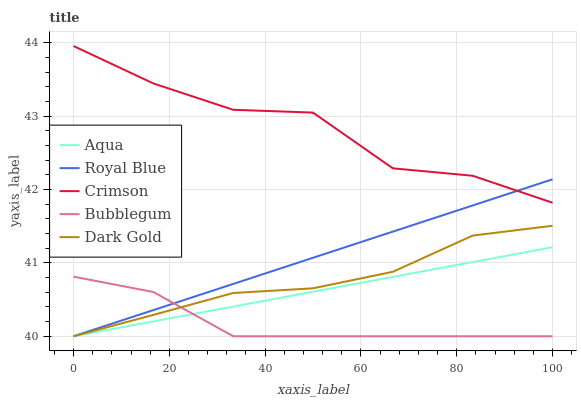
| xaxis_label | Aqua | Royal Blue | Crimson | Bubblegum | Dark Gold |
 | --- | --- | --- | --- | --- | --- |
 | 0 | 40 | 40 | 44 | 40.8 | 40 |
 | 16.7 | 40.2 | 40.4 | 43.4 | 40.6 | 40.3 |
 | 33.3 | 40.4 | 40.7 | 43.1 | 40 | 40.6 |
 | 50 | 40.6 | 41.1 | 43 | 40 | 40.7 |
 | 66.7 | 40.8 | 41.4 | 42.3 | 40 | 40.9 |
 | 83.3 | 41 | 41.8 | 42.2 | 40 | 41.4 |
 | 100 | 41.2 | 42.1 | 41.8 | 40 | 41.5 |